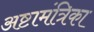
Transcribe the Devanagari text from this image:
अष्टामंत्रिका